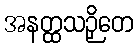
အနတ္ထသဉှိတေ